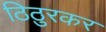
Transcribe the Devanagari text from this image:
ठिठुरकर